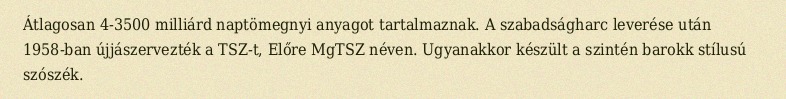
Átlagosan 4-3500 milliárd naptömegnyi anyagot tartalmaznak. A szabadságharc leverése után 1958-ban újjászervezték a TSZ-t, Előre MgTSZ néven. Ugyanakkor készült a szintén barokk stílusú szószék.